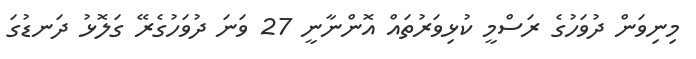
މިނިވަން ދުވަހުގެ ރަސްމީ ކުޅިވަރުތައް އޮންނާނީ 27 ވަަނަ ދުވަހުގެރޭ ގަލޮޅު ދަނޑުގަ